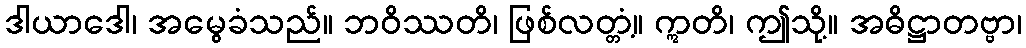
ဒါယာဒေါ၊ အမွေခံသည်။ ဘဝိဿတိ၊ ဖြစ်လတ္တံ့။ ဣတိ၊ ဤသို့။ အဓိဋ္ဌာတဗ္ဗာ၊